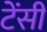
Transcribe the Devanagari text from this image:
टेंसी